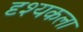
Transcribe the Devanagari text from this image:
दृश्‍यकला